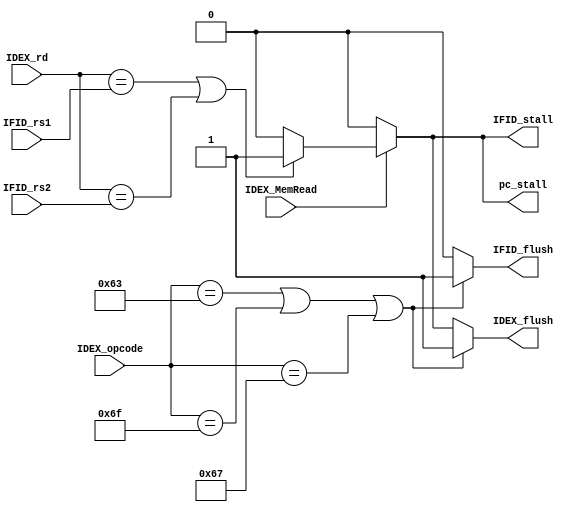
`timescale 1ns / 1ps
//////////////////////////////////////////////////////////////////////////////////
// Company: 
// Engineer: 
// 
// Design Name: 
// Module Name: Hazard
// Project Name: 
// Target Devices: 
// Tool Versions: 
// Description: 
// 
// Dependencies: 
// 
// Revision:
// Revision 0.01 - File Created
// Additional Comments:
// 
//////////////////////////////////////////////////////////////////////////////////


module Hazard(
    input [4: 0] IFID_rs1,
    input [4: 0] IFID_rs2,
    input [4: 0] IDEX_rd,
    input IDEX_MemRead,
    input [6: 0] IDEX_opcode,
    /* load_use hazard*/
    output reg pc_stall,
    output reg IFID_stall,
    output reg IDEX_flush,
    /* branch hazard */
    output reg IFID_flush
    // output reg IDEX_flush  
    );
    parameter BRANCH_CODE = 7'b110_0011;
    parameter JAL_CODE = 7'b1101111;
    parameter JALR_CODE = 7'b1100111;
    always @(*) begin
        pc_stall = 0;
        IFID_stall = 0;
        IDEX_flush = 0;
        IFID_flush = 0;
        if(IDEX_MemRead) begin
            if((IDEX_rd == IFID_rs1) || (IDEX_rd == IFID_rs2)) begin
                pc_stall = 1;
                IFID_stall = 1;
                IDEX_flush = 1;
            end
        end
        if(IDEX_opcode == BRANCH_CODE || IDEX_opcode == JAL_CODE || IDEX_opcode == JALR_CODE) begin
            IFID_flush = 1;
            IDEX_flush = 1;
        end
    end
endmodule